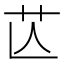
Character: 𦬆